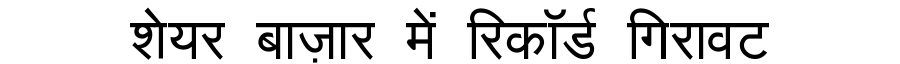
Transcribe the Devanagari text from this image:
शेयर बाज़ार में रिकॉर्ड गिरावट